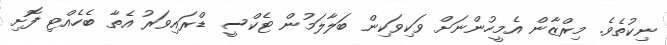
ނިކުތެވެ. މިރްޒާން އެމީހުންނަށް ވަކިވަކިން ބަލާލަމުން ޓެކްސީ ޑްރައިވަރު އެތާ ބެހެއްޓި ފޮށި